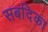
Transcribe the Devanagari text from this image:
सबदिका